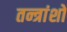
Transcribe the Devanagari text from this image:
तन्त्रांशों